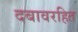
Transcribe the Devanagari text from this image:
दबावरहित